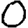
Digit: 0